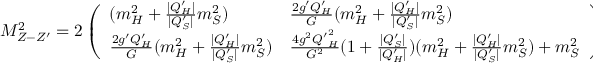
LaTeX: M _ { Z - Z ^ { \prime } } ^ { 2 } = 2 \left( \begin{array} { l l } { { ( m _ { H } ^ { 2 } + { \frac { | Q _ { H } ^ { \prime } | } { | Q _ { S } ^ { \prime } | } } m _ { S } ^ { 2 } ) } } & { { { \frac { 2 g ^ { \prime } Q _ { H } ^ { \prime } } { G } } ( m _ { H } ^ { 2 } + { \frac { | Q _ { H } ^ { \prime } | } { | Q _ { S } ^ { \prime } | } } m _ { S } ^ { 2 } ) } } \\ { { { \frac { 2 g ^ { \prime } Q _ { H } ^ { \prime } } { G } } ( m _ { H } ^ { 2 } + { \frac { | Q _ { H } ^ { \prime } | } { | Q _ { S } ^ { \prime } | } } m _ { S } ^ { 2 } ) } } & { { { \frac { 4 g ^ { 2 } { Q ^ { \prime } } _ { H } ^ { 2 } } { G ^ { 2 } } } ( 1 + { \frac { | Q _ { S } ^ { \prime } | } { | Q _ { H } ^ { \prime } | } } ) ( m _ { H } ^ { 2 } + { \frac { | Q _ { H } ^ { \prime } | } { | Q _ { S } ^ { \prime } | } } m _ { S } ^ { 2 } ) + m _ { S } ^ { 2 } } } \end{array} \right) .